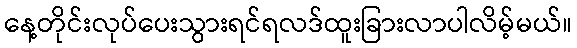
နေ့တိုင်းလုပ်ပေးသွားရင်ရလဒ်ထူးခြားလာပါလိမ့်မယ်။